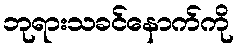
ဘုရားသခင်နောက်ကို